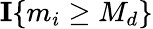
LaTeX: \mathbb{\mathbf{I}}\{ m_{i}\geq M_{d}\}